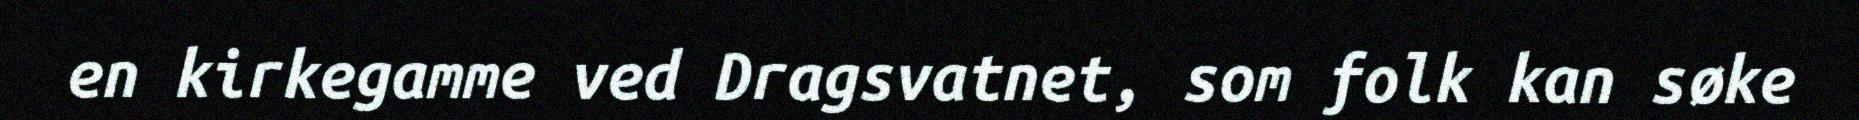
en kirkegamme ved Dragsvatnet, som folk kan søke